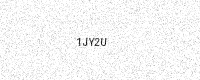
Text: 1JY2U